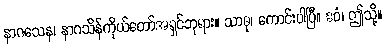
နာဂသေန၊ နာဂသိန်ကိုယ်တော်အရှင်ဘုရား။ သာဓု၊ ကောင်းပါပြီ။ ဧဝံ၊ ဤသို့။